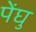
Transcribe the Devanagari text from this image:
पेंघु